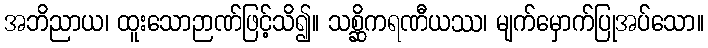
အဘိညာယ၊ ထူးသောဉာဏ်ဖြင့်သိ၍။ သစ္ဆိကရဏီယဿ၊ မျက်မှောက်ပြုအပ်သော။